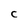
Character: C